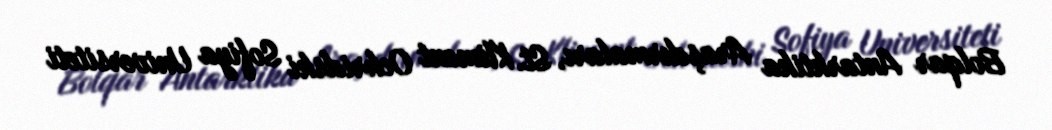
Bolqar Antarktika Araşdırmaları, St. Kliment Ochridski Sofiya Universiteti